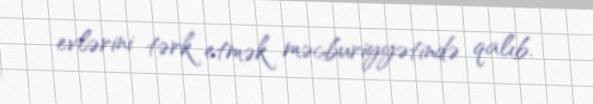
evlərini tərk etmək məcburiyyətində qalıb.